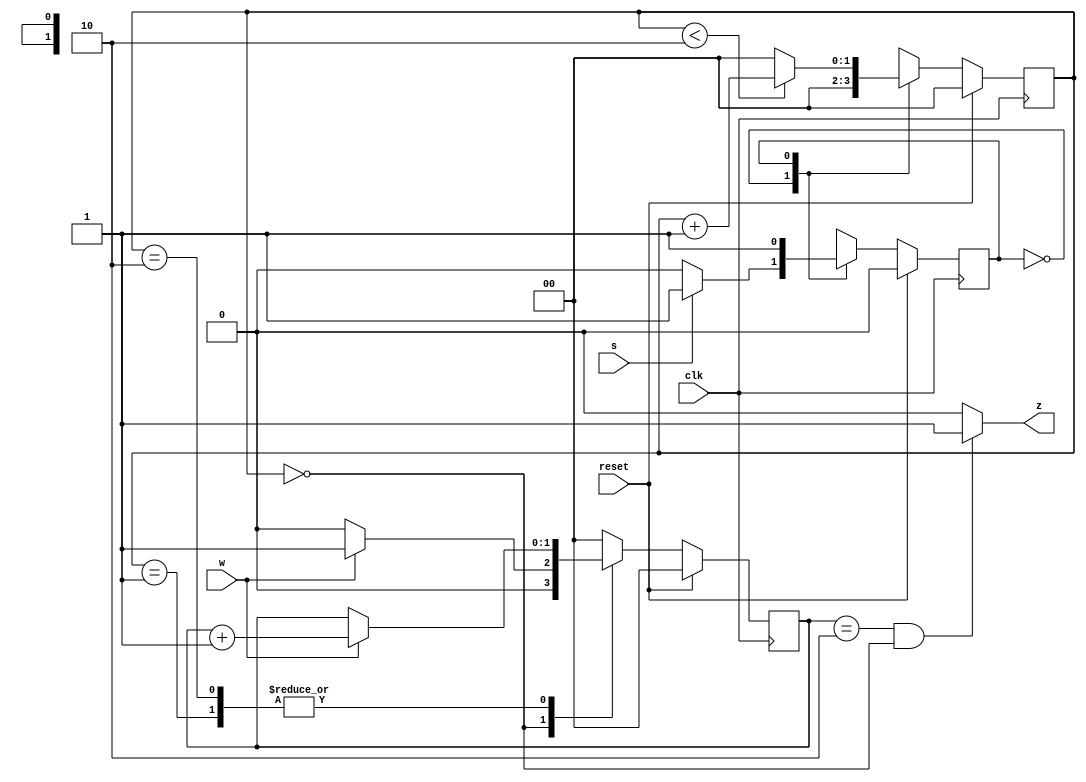
module top_module (
    input clk,
    input reset,   // Synchronous reset
    input s,
    input w,
    output z
);
    parameter A=1'b0, B=1'b1;
    reg state, next_state;
    reg [1:0] count,j;
    //reg i;
    always@(posedge clk)
        begin
            if(reset) state=A;
            else state=next_state;
        end
    always@(posedge clk)
        begin
            if(reset) count<=2'd0;
            else begin
            case(state)
                A: count<=2'd0;
                B: begin if(count<2'd2) count = count+2'd1;
                    else count<=2'd0;
                end
                default:count<=2'd0;
             endcase
            end
        end
    always@(posedge clk)
        begin
            if(reset) j<=2'd0; 
            else begin
            case(count)
                0: begin if(w) j<=2'd1; else j<=2'd0; end
                1: begin if(w) j<=j+2'd1; else j<=j; end
                2: begin if(w) j<=j+2'd1; else j<=j; end
                default:j<=2'd0;
            endcase
            end
        end
    always@(*)
        begin
            case(state)
                A:begin next_state=s?B:A;end
                B:begin next_state=B;end
                default:next_state=A;
            endcase
        end
    assign z = ((j==2'd2)&&(count==2'd0))?1'b1:1'b0;
endmodule